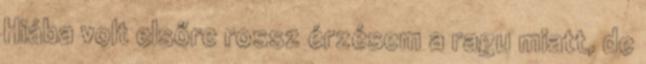
Hiába volt elsőre rossz érzésem a ragu miatt, de